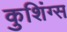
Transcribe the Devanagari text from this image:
कुशिंग्स